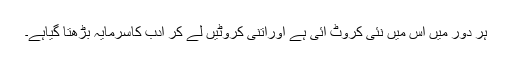
ہر دور میں اس میں نئی کروٹ آئی ہے اوراتنی کروٹیں لے کر ادب کاسرمایہ بڑھتا گیاہے۔